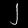
Digit: ၂